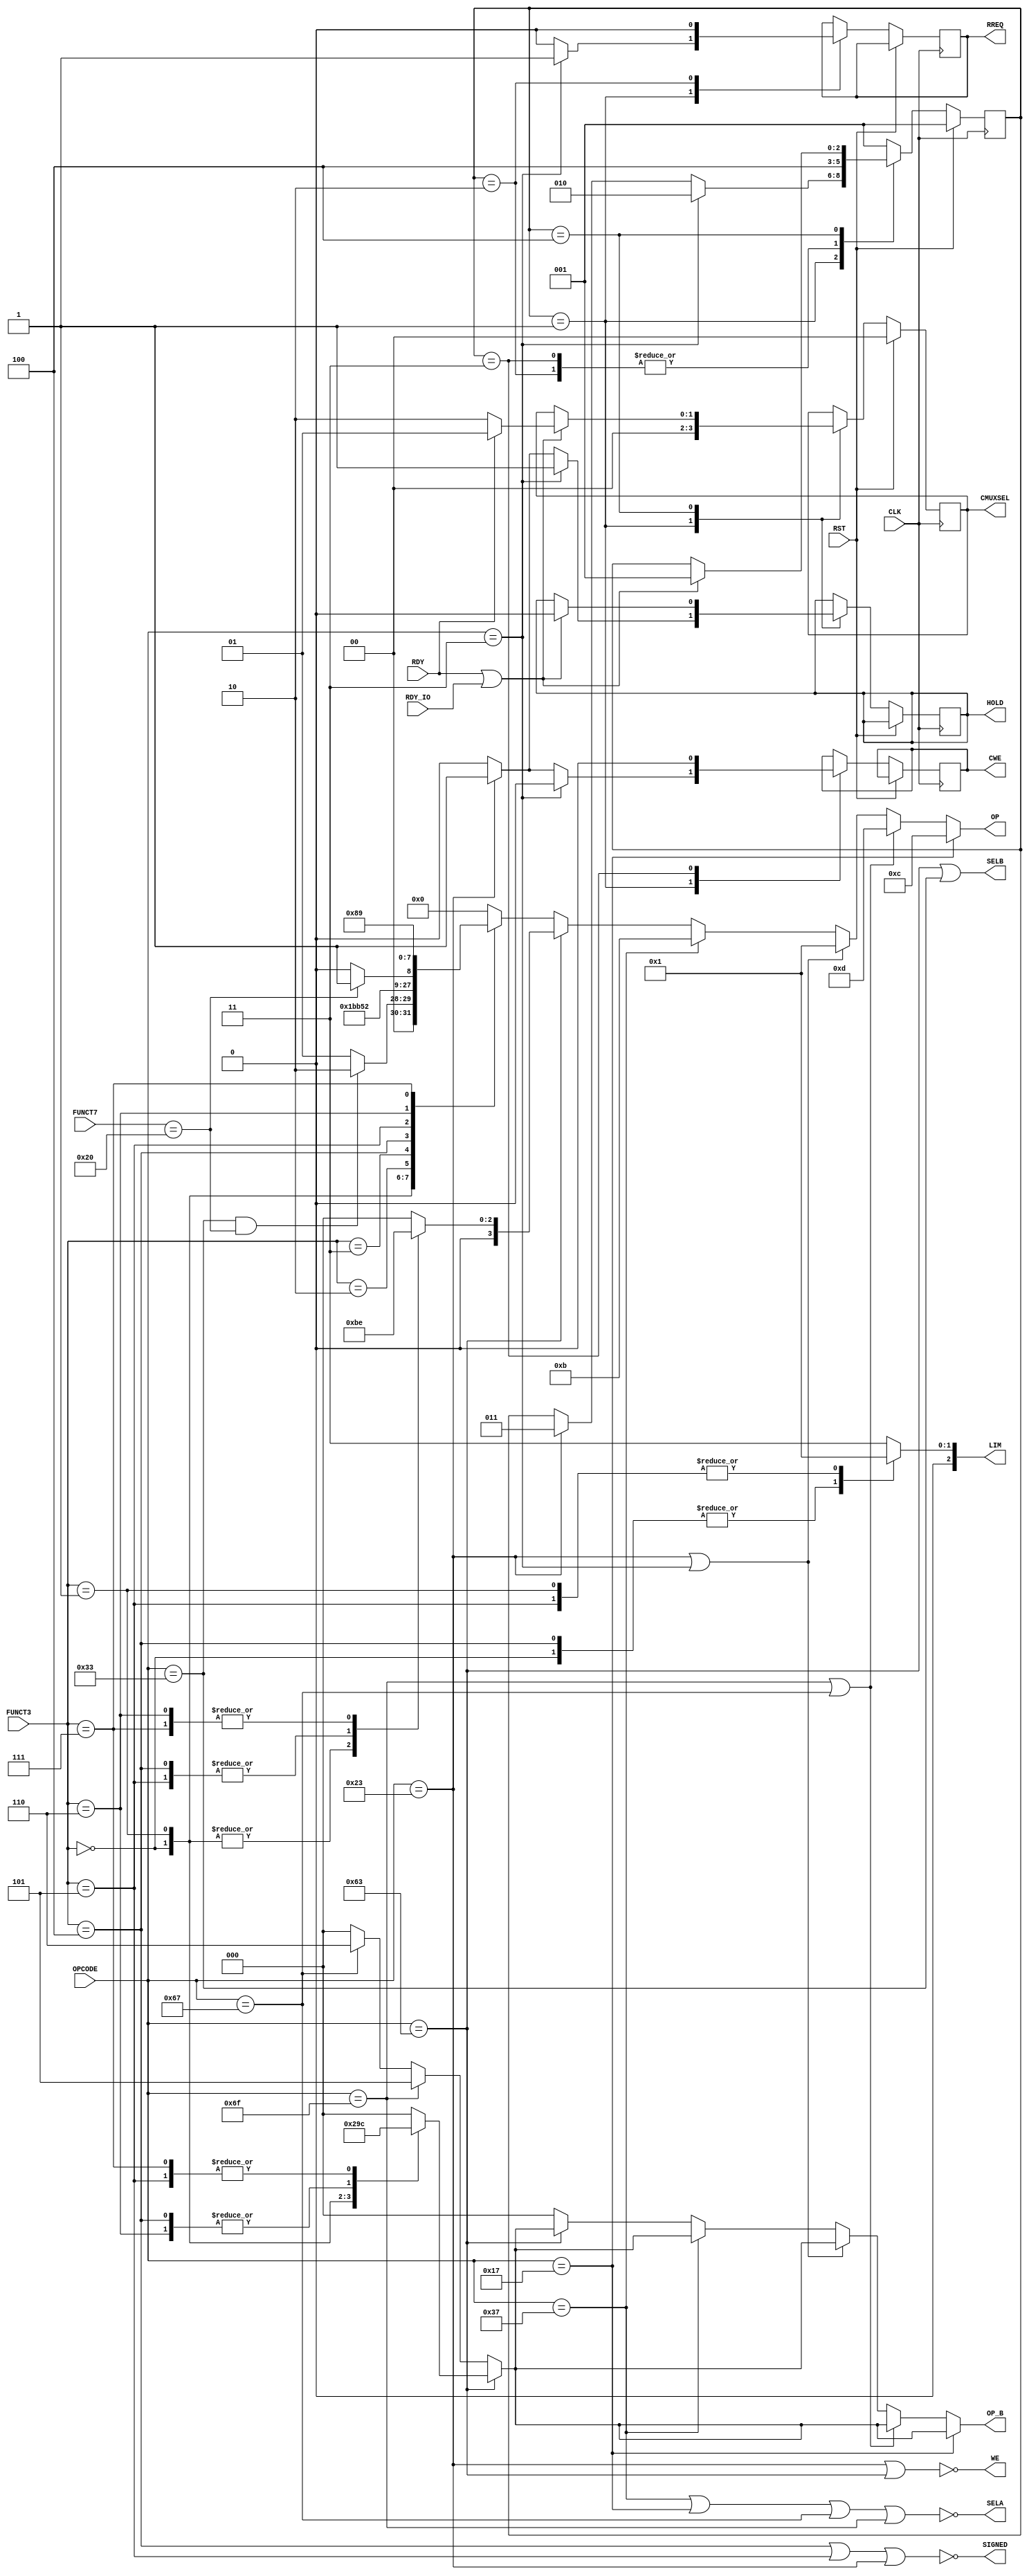
`timescale 1ns / 1ps

module Controller(FUNCT7,FUNCT3,OPCODE,RDY,RDY_IO,RST,CLK,HOLD,SELA,SELB,WE,CWE,RREQ,SIGNED,LIM,CMUXSEL,OP,OP_B);
	 
	input [6:0] FUNCT7, OPCODE;
	input [3:0] FUNCT3;
	input RDY, RDY_IO, RST, CLK;
	output reg [2:0] LIM;
	output reg [1:0] CMUXSEL;
	output SELA, SELB, WE, SIGNED;
	output reg HOLD, RREQ, CWE;
	//output HOLD,SELA,SELB,WE;
	//output reg RREQ, CWE, CMUXSEL;
	output reg [3:0] OP;
	output reg [2:0] OP_B;
	reg [2:0] state;
	reg restart;
	
	// Instruction opcodes
	parameter LUI = 7'b0110111;
	parameter AUIPC = 7'b0010111;
	parameter JAL = 7'b1101111;
	parameter JALR = 7'b1100111;
	parameter BTYPE = 7'b1100011;
	parameter LOADS = 7'b0000011;
	parameter STORES = 7'b0100011;
	parameter ARITHM_I = 7'b0010011;
	parameter ARITHM_R = 7'b0110011;
	// Branch logic opcodes
	parameter ZER = 1;
	parameter NZR = 2;
	parameter DAT = 3;
	parameter NDT = 4;
	parameter JLI = 5;
	parameter JLR = 6;
	// ALU opcodes
	parameter ADD = 1;
	parameter SUB = 2;
	parameter SLL = 3;
	parameter SRL = 4;
	parameter SRA = 5;
	parameter SLU = 6;	// set less than unsigned
	parameter SLT = 7;	// set less than
	parameter OR = 8;
	parameter AND = 9;
	parameter XOR = 10;
	parameter SIU = 11; // Shift immediate to upper
	parameter AIU = 12; // Add upper immediate
	parameter JLX = 13;
	// Constants making up part of the instruction
	parameter FUNCT3_ADD_SUB = 3'b000;
	parameter FUNCT3_SLL = 3'b001;
	parameter FUNCT3_SLT = 3'b010;
	parameter FUNCT3_SLU = 3'b011;
	parameter FUNCT3_XOR = 3'b100;
	parameter FUNCT3_SRX = 3'b101;
	parameter FUNCT3_OR = 3'b110;
	parameter FUNCT3_AND = 3'b111;
	parameter FUNCT7_DEF = 7'b0000000;
	parameter FUNCT7_MOD = 7'b0100000;
	// remapping for B-type instructions
	parameter BEQ = FUNCT3_ADD_SUB;
	parameter BNE = FUNCT3_SLL;
	parameter BLT = FUNCT3_XOR;
	parameter BGE = FUNCT3_SRX;
	parameter BLTU = FUNCT3_OR;
	parameter BGEU = FUNCT3_AND;
	// remapping for Load instructions
	parameter LB = FUNCT3_ADD_SUB;
	parameter LH = FUNCT3_SLL;
	parameter LW = FUNCT3_SLT;
	parameter LBU = FUNCT3_XOR;
	parameter LHU = FUNCT3_SRX;
	// remapping for Store instructions
	parameter SB = FUNCT3_ADD_SUB;
	parameter SH = FUNCT3_SLL;
	parameter SW = FUNCT3_SLT;
	// Memory operation state
	parameter START = 1;
	parameter R_UNSET = 2;
	parameter W_UNSET = 3;
	parameter WAIT = 4;
	// CMUXSEL values
	parameter CMUX_ALU = 0;
	parameter CMUX_CACHE = 1;
	parameter CMUX_IOCTL = 2;

	// SELA == 1 => A register, else PC
	assign SELA = !((OPCODE == LUI) | (OPCODE == AUIPC) | (OPCODE == JALR) | (OPCODE == JAL));
	// SELB == 1 => B register, else Immediate
	assign SELB = (OPCODE == BTYPE) | (OPCODE == ARITHM_R);
	// Write Enable for most instructions
	assign WE = !((OPCODE == STORES) | (OPCODE == BTYPE)); 
	// THIS SHOULDN'T BE NECESSARY WHEN USING OUT OF PHASE CLK
	// Immediately drop but restart synchronously
	//assign HOLD = (((OPCODE == LOADS) | (OPCODE == STORES)) & !restart);
	// whether to sign extend data from memory
	// NOTE: THIS ALSO NEEDS TO GO IN THE CACHE TAG
	// When storing always assume unsigned (no sign extension in the cached value)
	// because masked writes fill the excess with 0s
	assign SIGNED = !((FUNCT3 == LBU) | (FUNCT3 == LHU) | (OPCODE == STORES)); 
	
	// State machine for multi-cycle memory operations
	always @(negedge CLK)
	begin
		if (RST) begin
			state <= START;
			CMUXSEL <= CMUX_ALU;
		end else begin
			case (state)
				START: begin
						HOLD <= 0;
						//restart <= 0;
						RREQ <= 0;
						CWE <= 0;
						CMUXSEL <= CMUX_ALU;
						if (OPCODE == LOADS) begin
							HOLD <= 1;
							RREQ <= 1;
							//CMUXSEL <= 0;
							state <= R_UNSET;
						end else if (OPCODE == STORES) begin
							HOLD <= 1;
							CWE <= 1;
							state <= W_UNSET;
						end
					end
				R_UNSET: begin
						RREQ <= 0;
						state <= WAIT;
					end
				W_UNSET: begin
						CWE <= 0;
						state <= WAIT;
					end
				// Is this gonna work for loading memory into regfile?
				// Or do I need more steps?
				WAIT: begin
						if (RDY | RDY_IO) begin
							//restart <= 1;
							CMUXSEL <= RDY ? CMUX_CACHE : CMUX_IOCTL;
							HOLD <= 0;
							state <= START;
						end
					end
				default: state <= START;			
			endcase
		end
	end
	
	// Combinational logic for setting ALU and BranchLogic opcodes
	always @(*)
	begin
		
		// Load/store size setter
		case (FUNCT3)
			LB,LBU,SB: LIM = 0;
			LH,LHU,SH: LIM = 1;
			default: LIM = 3;
		endcase
	
		// Branch logic opcode setter
		if (OPCODE == BTYPE) begin
			case (FUNCT3)
				BEQ: OP_B = ZER;
				BNE: OP_B = NZR;
				BLT, BLTU: OP_B = DAT;
				BGE, BGEU: OP_B = NDT;
				default: OP_B = 0;
			endcase
		end else if (OPCODE == JAL) begin
			OP_B = JLI;
		end else if (OPCODE == JALR) begin
			OP_B = JLR;
		end else begin
			OP_B = 0;
		end
	
		// ALU opcode setter
		if ((OPCODE == AUIPC)) begin
			OP = AIU;
		end else if ((OPCODE ==  JAL) | (OPCODE == JALR)) begin
			OP = JLX;
		end else if ((OPCODE == STORES) | (OPCODE == LOADS)) begin
			OP = ADD;
		end else if (OPCODE == LUI) begin
			OP = SIU;
		end else if (OPCODE == BTYPE) begin
			case (FUNCT3)
				BEQ, BNE: OP = SUB;
				BLT, BGE: OP = SLT;
				BLTU,BGEU:OP = SLU;
				default: OP = 0;
			endcase
		end else begin
			OP_B = 0;
			case(FUNCT3)
				FUNCT3_ADD_SUB: if ((OPCODE == ARITHM_R) & (FUNCT7 == FUNCT7_MOD)) begin
					OP = SUB;
				end else begin
					OP = ADD;
				end
				FUNCT3_SLL: OP = SLL;
				FUNCT3_SLT: OP = SLT;
				FUNCT3_SLU: OP = SLU;
				FUNCT3_XOR: OP = XOR;
				FUNCT3_SRX: if (FUNCT7 == FUNCT7_MOD) begin
					OP = SRA;
				end else begin
					OP = SRL;
				end
				FUNCT3_OR: OP = OR;
				FUNCT3_AND: OP = AND;
				default: OP = 0;
			endcase
		end
		
	end // always @(*)

endmodule